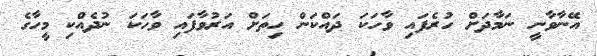
އޭނާވާނީ ނަމާދަށް ހުރެފައި ވާހަކަ ދައްކަން ހިތަށް އަރުވާފައި ވާހަކަ ނުދެއްކި މީހާގެ